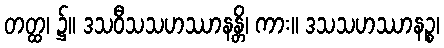
တတ္ထ၊ ၌။ ဒသဝီသသဟဿာနန္တိ၊ ကား။ ဒသသဟဿာနဉ္စ၊